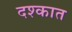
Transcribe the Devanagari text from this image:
दश्कात